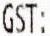
GST: